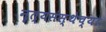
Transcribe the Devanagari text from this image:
नृत्यसंस्थेच्या